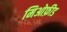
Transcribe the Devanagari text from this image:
मिओफ़ीड